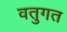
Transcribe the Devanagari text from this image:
वतुगत